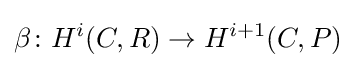
\beta \colon H^{i}(C,R)\to H^{i+1}(C,P)